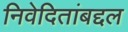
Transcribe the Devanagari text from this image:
निवेदितांबद्दल